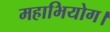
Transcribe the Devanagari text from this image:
महाभियोग।